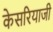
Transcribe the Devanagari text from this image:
केसरियाजी